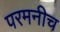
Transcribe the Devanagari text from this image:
परमनीच